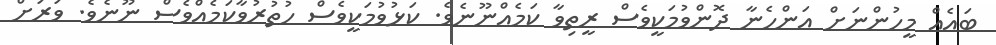
ބައެއް މީހުންނަށް އަންހެނާ ދޮންވުމަކީވެސް ރީތިވާ ކަމެއްނޫނެވެ. ކަޅުވުމަކީވެސް ހުތުރުވާކަމެއްވެސް ނޫނެވެ. ވަރަށް